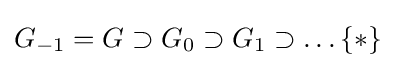
G_{-1}=G\supset G_{0}\supset G_{1}\supset \dots \{*\}